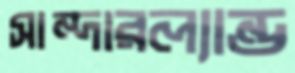
সান্দারল্যান্ড